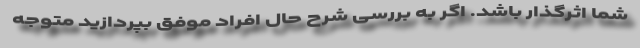
شما اثرگذار باشد. اگر به بررسی شرح حال افراد موفق بپردازید متوجه